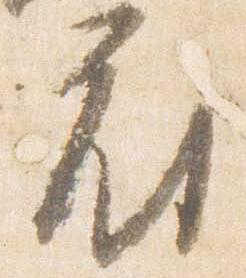
府